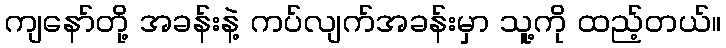
ကျနော်တို့ အခန်းနဲ့ ကပ်လျက်အခန်းမှာ သူ့ကို ထည့်တယ်။